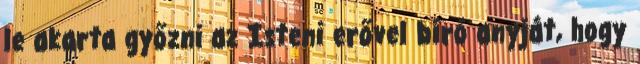
le akarta győzni az Isteni erővel bíró anyját, hogy